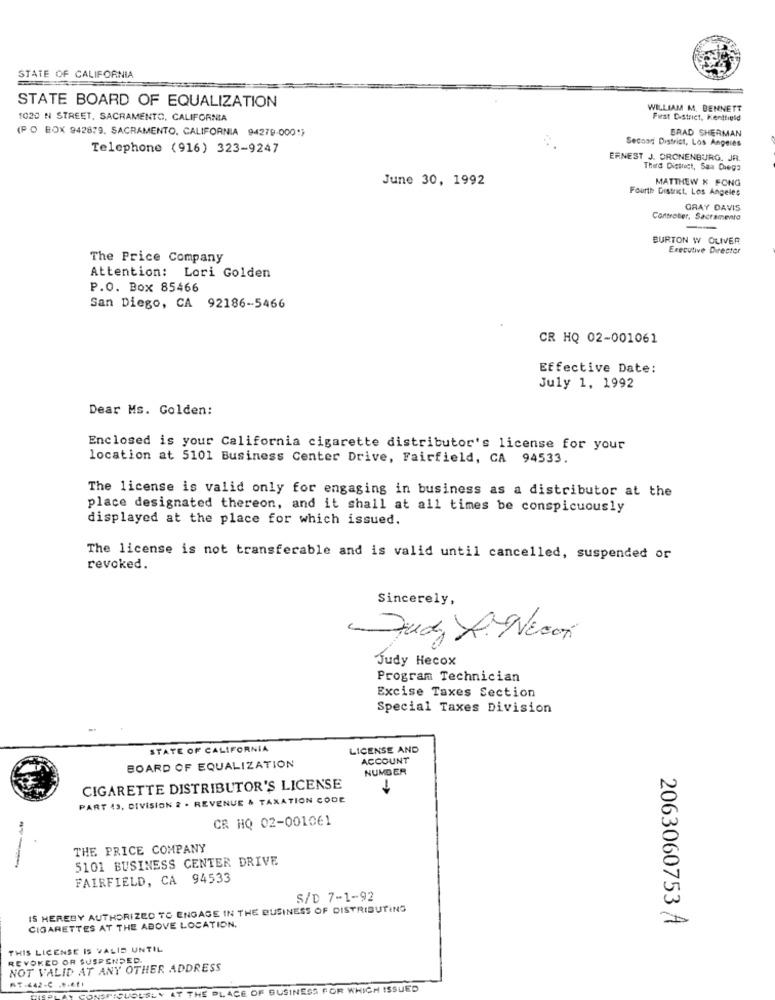
STATE OF CALIFORNIA
STATE BOARD OF EQUALIZATION
WILLIAM M. BENNETT
1020 N STREET, SACRAMENTO, CALIFORNIA
First District, Kentfield
(P O BOX 942879. SACRAMENTO, CALIFORNIA 94279-0001;
BRAD SHERMAN
Second District, Los Angeles
Telephone (916) 323-9247
ERNEST J. DRONENBURG, JR.
Third District, Saa Diega
June 30, 1992
MATTHEW & FONG
Fourth District Los Angeles
GRAY DAVIS
Controber, Sacramento
BURTON W OLIVER
Executive Director
The Price Company
Attention: Lori Golden
P.O. Box 85466
San Diego, CA 92186-5466
CR HQ 02-001061
Effective Date:
July 1, 1992
Dear Ms. Golden:
Enclosed is your California cigarette distributor's license for your
location at 5101 Business Center Drive, Fairfield, CA 94533.
The license is valid only for engaging in business as a distributor at the
place designated thereon, and it shall at all times be conspicuously
displayed at the place for which issued.
The license is not transferable and is valid until cancelled, suspended or
revoked.
Sincerely,
Judy Hecox
Program Technician
Excise Taxes Section
Special Taxes Division
STATE OF CALIFORNIA
LICENSE AND
ACCOUNT
BOARD OF EQUALIZATION
NUMBER
CIGARETTE DISTRIBUTOR'S LICENSE
-
PART 43. DIVISION 2 . REVENUE & TAXATION CODE
CR HQ 02-001061
THE PRICE COMPANY
5101 BUSINESS CENTER DRIVE
FAIRFIELD, CA 94533
S/D 7-1-92
IS HEREBY AUTHORIZED TO ENGAGE IN THE BUSINESS OF DISTRIBUTING
CIGARETTES AT THE ABOVE LOCATION.
2063060753 A
THIS LICENSE IS VALID UNTIL
REVOKED OR SUSPENDED.
NOT VALID AT ANY OTHER ADDRESS
RT-442-C .F.6 .!!
PLACE OF BUSINESS FOR WHICH ISSUED